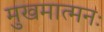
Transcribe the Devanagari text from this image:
मुखमात्मनः